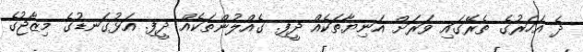
ދެ އަހަރުގެ ތެރޭގައި ވަރަށް އަނިޔާތަކެއް ދީފި. ގެއްލުންތަކެއް ދީފި. އަޅުގަނޑުގެ މިޒާޖުގެ